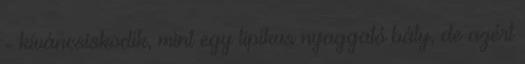
- kíváncsiskodik, mint egy tipikus nyaggató báty, de azért